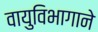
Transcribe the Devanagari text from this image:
वायुविभागाने